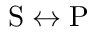
\mathrm { S } \leftrightarrow \mathrm { P }